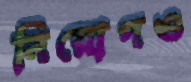
নিয়োগও